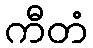
ကီတံ